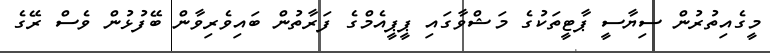
މީގެއިތުރުން ސިޔާސީ ޕާޓީތަކުގެ މަޝްވާގައި ޕީޕީއެމްގެ ފަރާތުން ބައިވެރިވާން ބޭފުޅުން ވެސް ރޭގެ